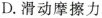
D.滑动摩擦力